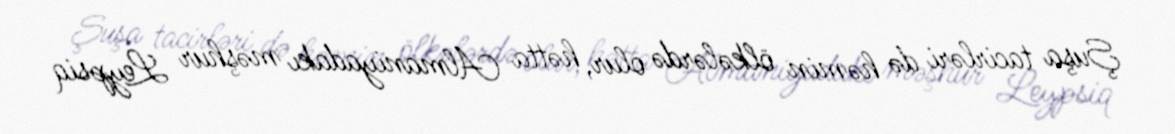
Şuşa tacirləri də həmin ölkələrdə olur, hətta Almaniyadakı məşhur Leypsiq